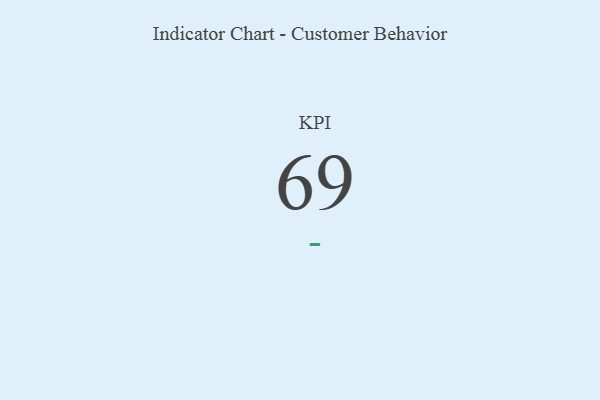
{"axis": {"x": "KPI", "y": "Value"}, "legend": [""], "data": [{"x": "KPI", "y": 69, "type": ""}]}